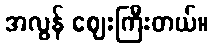
အလွန် ဈေးကြီးတယ်။